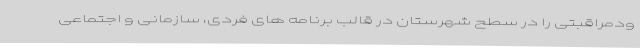
ودمراقبتی را در سطح شهرستان در قالب برنامه های فردی، سازمانی و اجتماعی